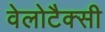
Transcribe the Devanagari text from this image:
वेलोटैक्सी